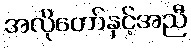
အလိုတော်နှင့်အညီ